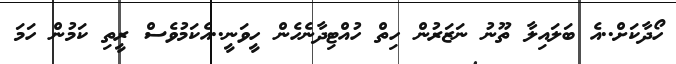
ހޯދާކަށް..އެ ބަލައިލާ ތޫނު ނަޒަރުން ހިތް ހުއްޓިދާނެހެން ހީވަނީ..އެކަމުވެސް ރީތި ކަމުން ހަމަ